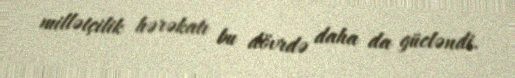
millətçilik hərəkatı bu dövrdə daha da gücləndi.